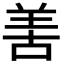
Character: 𠵊